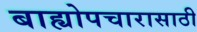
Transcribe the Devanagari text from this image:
बाह्योपचारासाठी